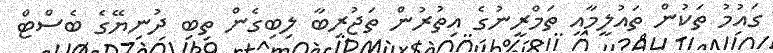
ގައުމު ތަކުން ތައުލީމާއި ތަމްރީނުގެ އިތުރުން ތަޖުރިބާ ލިބިގެން ތިބި ދުނިޔޭގެ ބެސްޓް